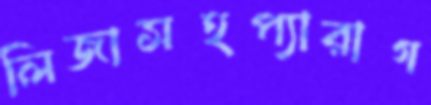
লিজাসহপ্যারাগ